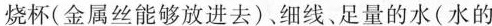
烧杯(金属丝能够放进去)、细线、足量的水(水的